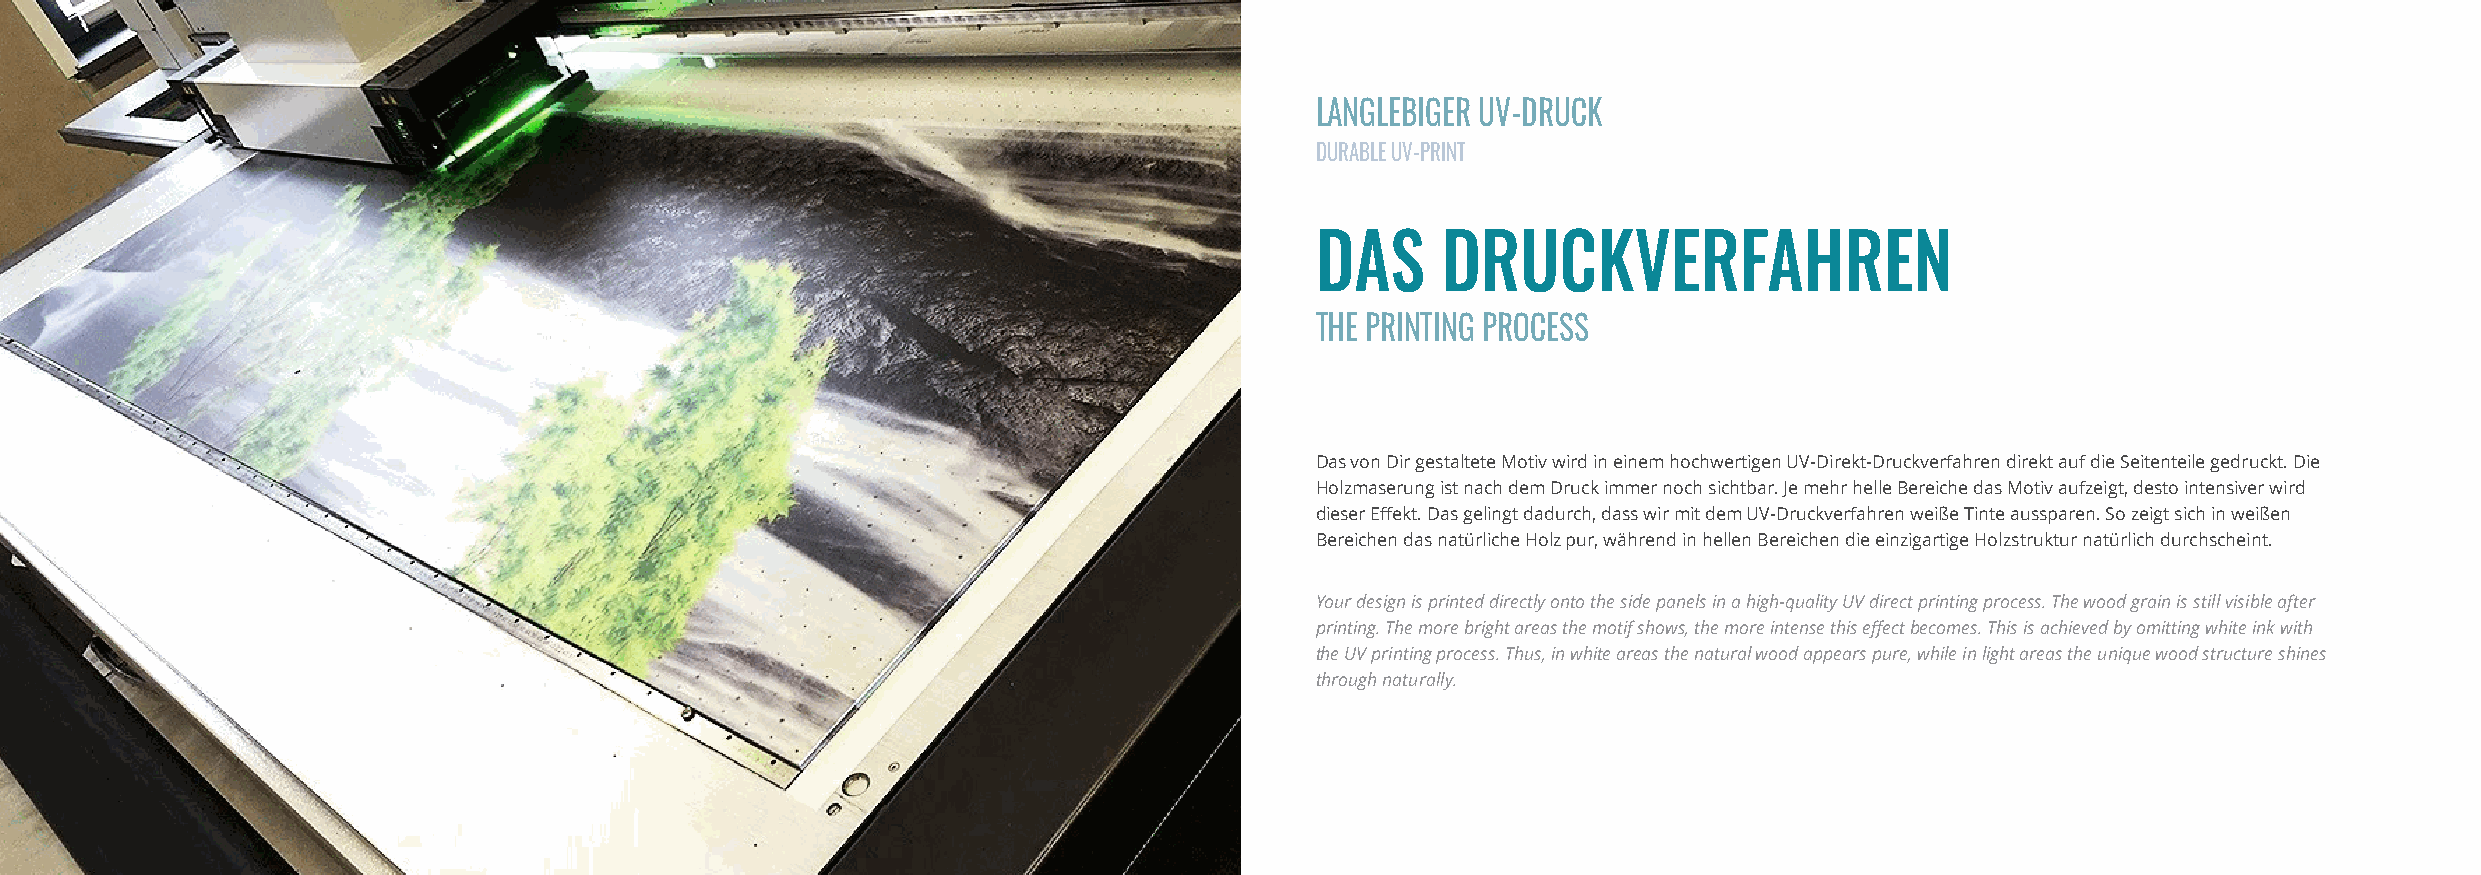
LANGLEBIGER UV-DRUCK
 DURABLE UV-PRINT
 DAS     DRUCKVERFAHREN
 THE PRINTING PROCESS
 Das von Dir gestaltete Motiv wird in einem hochwertigen UV-Direkt-Druckverfahren direkt auf die Seitenteile gedruckt. Die
 Holzmaserung ist nach dem Druck immer noch sichtbar. Je mehr helle Bereiche das Motiv aufzeigt, desto intensiver wird
 dieser Effekt. Das gelingt dadurch, dass wir mit dem UV-Druckverfahren weiße Tinte aussparen. So zeigt sich in weißen
 Bereichen das natürliche Holz pur, während in hellen Bereichen die einzigartige Holzstruktur natürlich durchscheint.
 Your design is printed directly onto the side panels in a high-quality UV direct printing process. The wood grain is still visible after
 printing. The more bright areas the motif shows, the more intense this effect becomes. This is achieved by omitting white ink with
 the UV printing process. Thus, in white areas the natural wood appears pure, while in light areas the unique wood structure shines
 through naturally.